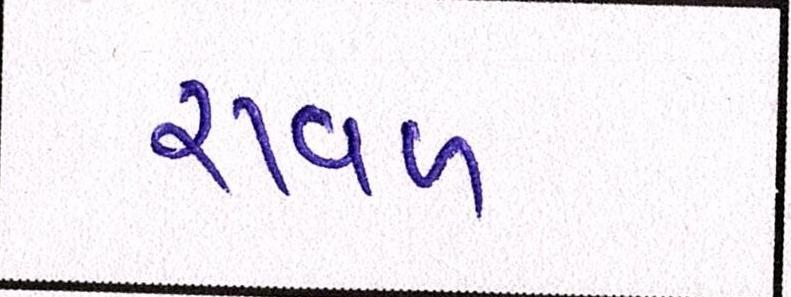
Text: રાવળ